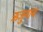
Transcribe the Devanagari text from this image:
ऋजुगाथ